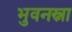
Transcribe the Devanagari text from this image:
भुवनस्ना